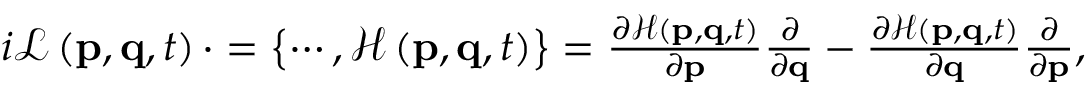
\begin{array} { r } { i \mathcal { L } \left( \mathbf { p } , \mathbf { q } , t \right) \cdot = \left\lbrace \cdots , \mathcal { H } \left( \mathbf { p } , \mathbf { q } , t \right) \right\rbrace = \frac { \partial \mathcal { H } \left( \mathbf { p } , \mathbf { q } , t \right) } { \partial \mathbf { p } } \frac { \partial } { \partial \mathbf { q } } - \frac { \partial \mathcal { H } \left( \mathbf { p } , \mathbf { q } , t \right) } { \partial \mathbf { q } } \frac { \partial } { \partial \mathbf { p } } , } \end{array}